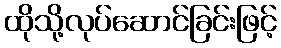
ထိုသို့လုပ်ဆောင်ခြင်းဖြင့်